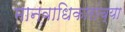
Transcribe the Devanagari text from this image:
मानवाधिकारांच्या